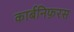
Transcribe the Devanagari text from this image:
कार्बनिफ़रस